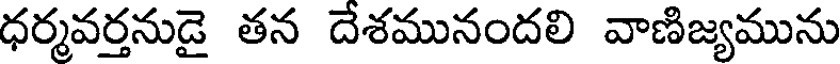
ధర్మవర్తనుడై తన దేశమునందలి వాణిజ్యమును